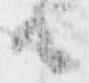
由